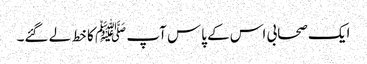
ایک صحابی اس کے پاس آپ ﷺ کا خط لے گئے۔